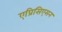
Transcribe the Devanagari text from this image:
एप्रिसिएसन